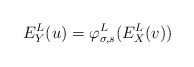
\begin{align*}E^L_Y(u) = \varphi^L_{\sigma, s}(E^L_X(v))\end{align*}